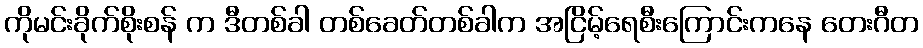
ကိုမင်းခိုက်စိုးစန် က ဒီတစ်ခါ တစ်ခေတ်တစ်ခါက အငြိမ့်ရေစီးကြောင်းကနေ တေးဂီတ